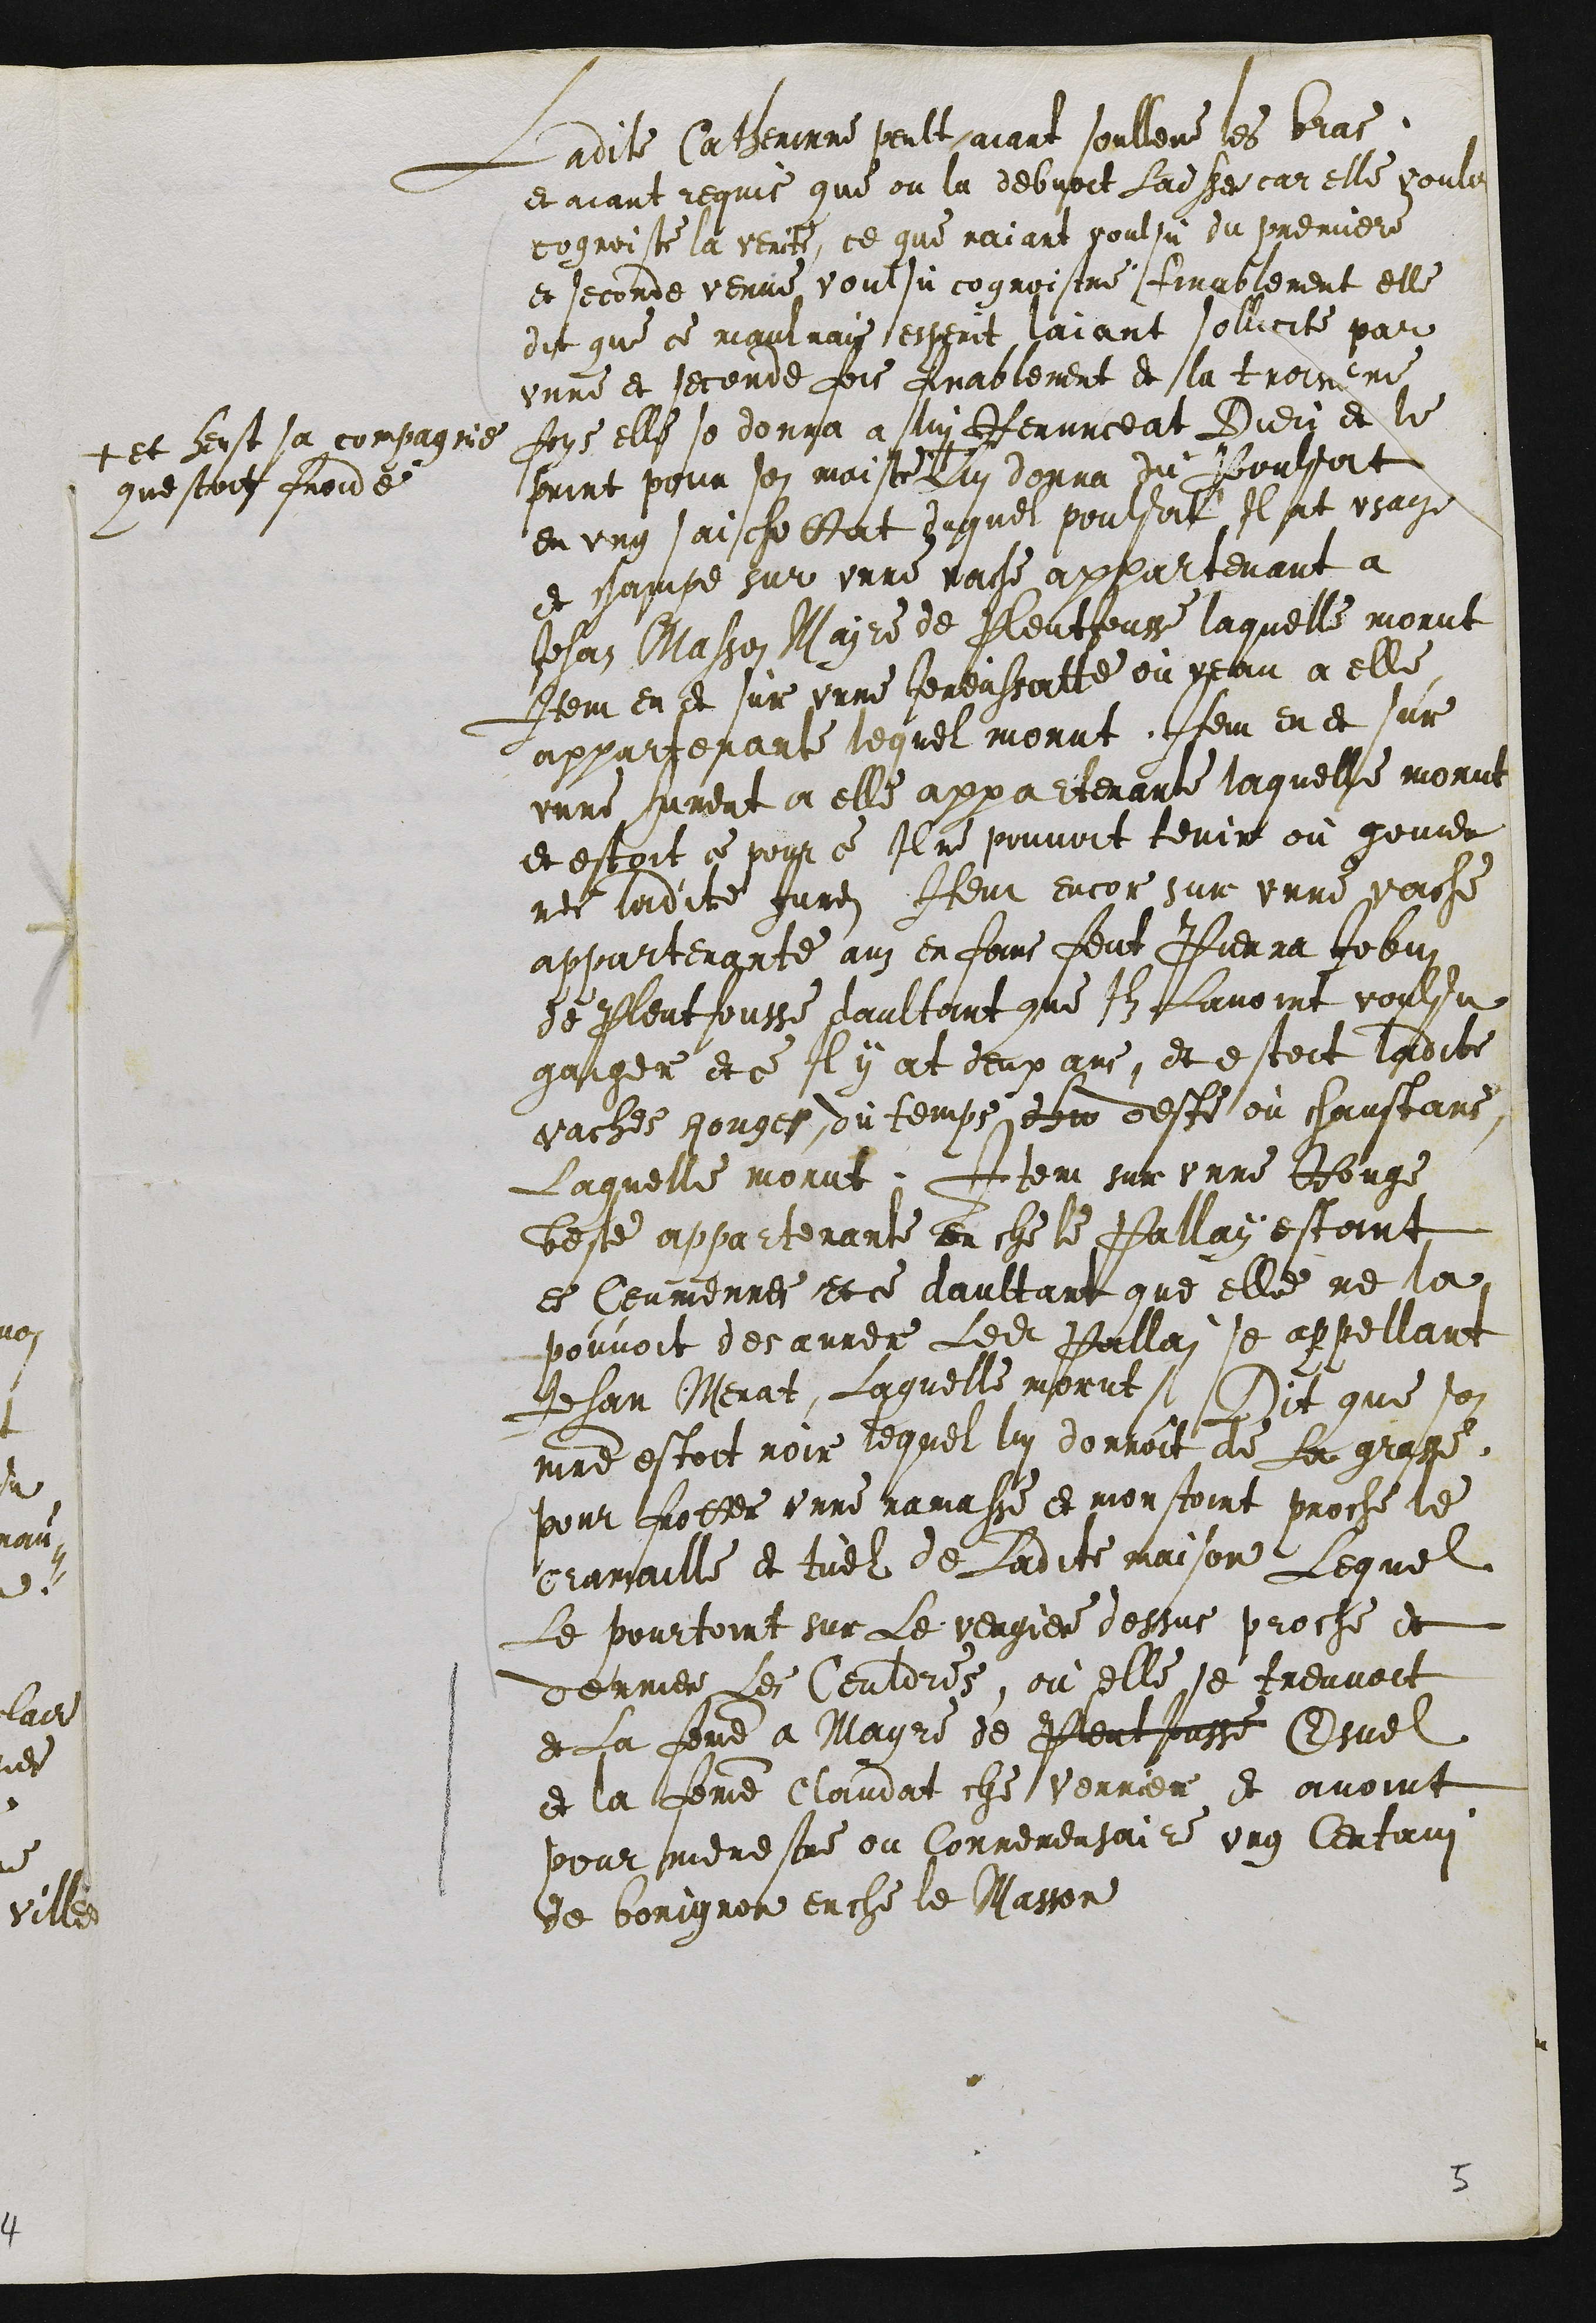
Ladite Catherinne peult aiant soulleve les bras
et aiant requis que on la debvoit laisser car elle vouloit
cognoistre la verite ce que naiant voulsu du premiere
et seconde venue voulsu cognoistre finablement elle
dit que ce maulvais esperit laiant sollicite par
unne et seconde fois finablement de la troisieme
fois elle se donna à lui Renunceat Dieu et le
print pour son maistre +
+ et heust sa compagnie
questoit froide
lui donna du Poulsat
en ung saichottat duquel poulsat Il at usage
et champe sur unne vache appartenant a
Jehan Masson Maire de Pleutjousse laquelle morut
Item en et sur unne Jevenssatte ou veau a elle
appartenante lequel morut.. Item en et sur
unne jument a elle appartenante laquelle morut
et estoit ce pour ce Il ne pouvoit tenir ou gouver
ner ladite Juvensatte Item encor sur unne vache
appartenante aus enfans feut Pierra Jobin
de Pleutjousse daultant que Ilz lavoint voulsu
gaiger et ce Il y at deux ans et estoit ladite
vaches Rouges du temps dhu deste ou chaustans
Laquelle morut. Item sur unne Rouge
beste appartenante en che le Pallay estant
es Ceuvierres et ce daultant que elle ne la
pouvoit desarree ledit Pallai se appellant
Jehan Merat Laquelle morut / Dit que son
maitre estoit noir lequel lui donnoit de la grasse
pour frotter unne ramasse et monstoint proche le
cramaille et tuel de ladite maison Lequel
Le pourtoint sur le vergier dessus proche de
derrier les Ceuldres, ou elle se treuvoit
et La femme a Mayre de Pleutjousse Esuel
et la femme Claudat che Verrier et avoint
pour menestre ou Cornemeusaire ung Certain
de borignon enche le Masson